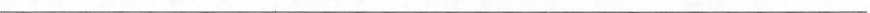
___